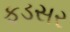
ફડસર